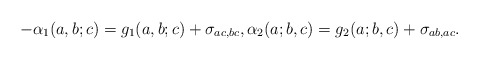
\begin{align*} -\alpha_1(a,b;c) =g_1(a,b;c) + \sigma_{ac,bc}, \alpha_2(a;b,c) =g_2(a;b,c) + \sigma_{ab,ac}.\end{align*}